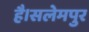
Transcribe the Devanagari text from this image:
है।सलेमपुर